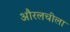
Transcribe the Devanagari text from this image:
औरलचीला